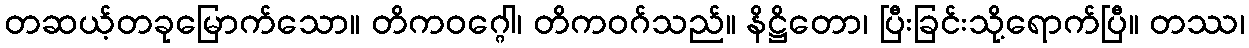
တဆယ့်တခုမြောက်သော။ တိကဝဂ္ဂေါ၊ တိကဝဂ်သည်။ နိဋ္ဌိတော၊ ပြီးခြင်းသို့ရောက်ပြီ။ တဿ၊